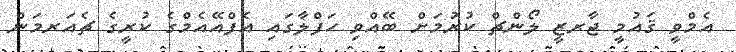
އެމްވީ ޤައުމީ ޖާރޒީ ލޯންޗް ކުރުމަށް ބޭއްވި ހަފްލާގައި އެފްއޭއެމްގެ ކުރީގެ ޗެއަރމަން